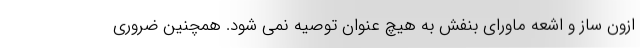
ازون ساز و اشعه ماورای بنفش به هیچ عنوان توصیه نمی شود. همچنین ضروری